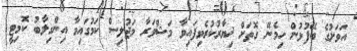
އަވަށުގެ ބޭފުޅުން ހިމެނޭ ގޮތަށް ޚިޔާރުކުރެވިފައިވާ މަޝްވަރާ މަޖުލިސް ކަމުގައިވާ އިންގިލާބު ކޮމިޓީ